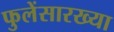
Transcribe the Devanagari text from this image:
फुलेंसारख्या